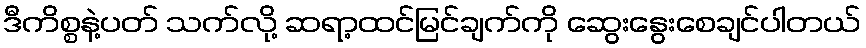
ဒီကိစ္စနဲ့ပတ် သက်လို့ ဆရာ့ထင်မြင်ချက်ကို ဆွေးနွေးစေချင်ပါတယ်